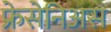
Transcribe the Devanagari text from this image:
फ्रेसेनिअस